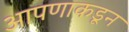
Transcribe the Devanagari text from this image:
आपणाकडून